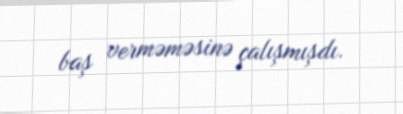
baş verməməsinə çalışmışdı.